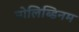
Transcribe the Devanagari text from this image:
मोलिब्डिनम